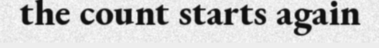
the count starts again